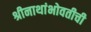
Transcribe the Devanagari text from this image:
श्रीनाथांभोवतीची